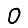
Digit: 0